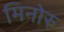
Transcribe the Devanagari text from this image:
मिनोरु